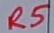
Text: R5